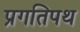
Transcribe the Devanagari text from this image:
प्रगतिपथ